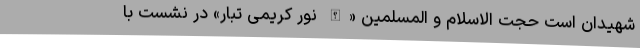
شهیدان است حجت الاسلام و المسلمین «الله نور کریمی تبار» در نشست با